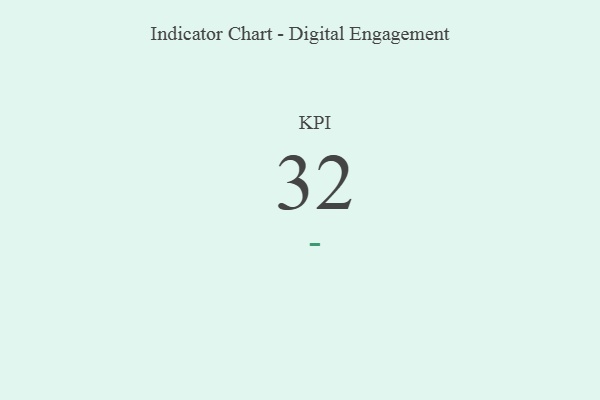
{"axis": {"x": "KPI", "y": "Value"}, "legend": [""], "data": [{"x": "KPI", "y": 32, "type": ""}]}